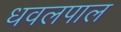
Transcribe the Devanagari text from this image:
धवलपाल